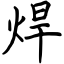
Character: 焊